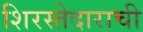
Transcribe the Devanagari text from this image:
शिरस्तेदाराची